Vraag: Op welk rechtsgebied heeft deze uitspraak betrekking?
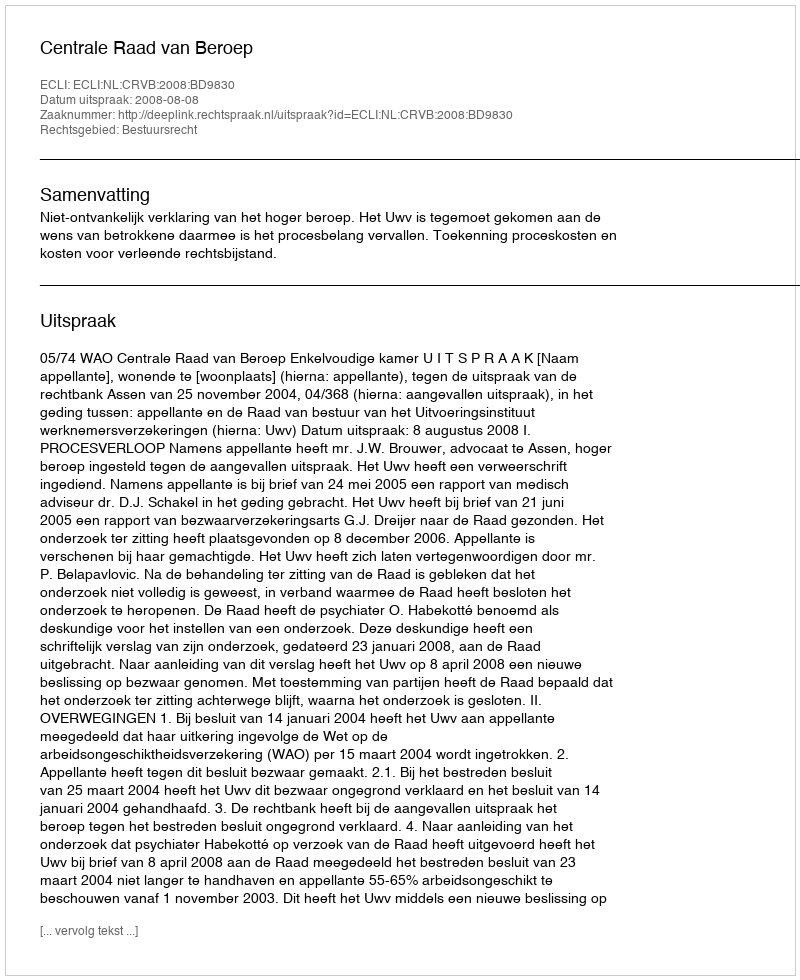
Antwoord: Bestuursrecht